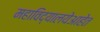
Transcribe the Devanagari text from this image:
महाविद्यालयेआहेत